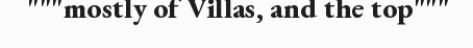
"""mostly of Villas, and the top"""